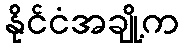
နိုင်ငံအချို့က